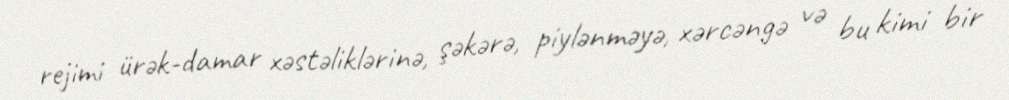
rejimi ürək-damar xəstəliklərinə, şəkərə, piylənməyə, xərcəngə və bu kimi bir